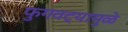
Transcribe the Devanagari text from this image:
फुगवट्यामुळे